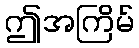
ဤအကြိမ်